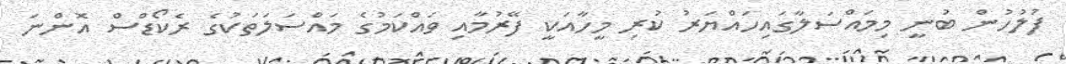
ފުލުހުން ބުނީ މިމައްސަލާގައިހައްޔަރު ކުރި މީހާއަކީ ފޭރުމާއި ވައްކަމުގެ މައްސަލަތަކުގެ ރެކޯޑްސް އޮންނަ